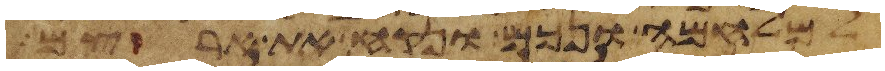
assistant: למלחמה ונכם ונקח את ארצם